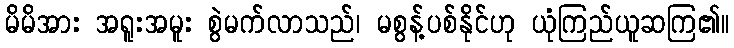
မိမိအား အရူးအမူး စွဲမက်လာသည်၊ မစွန့်ပစ်နိုင်ဟု ယုံကြည်ယူဆကြ၏။